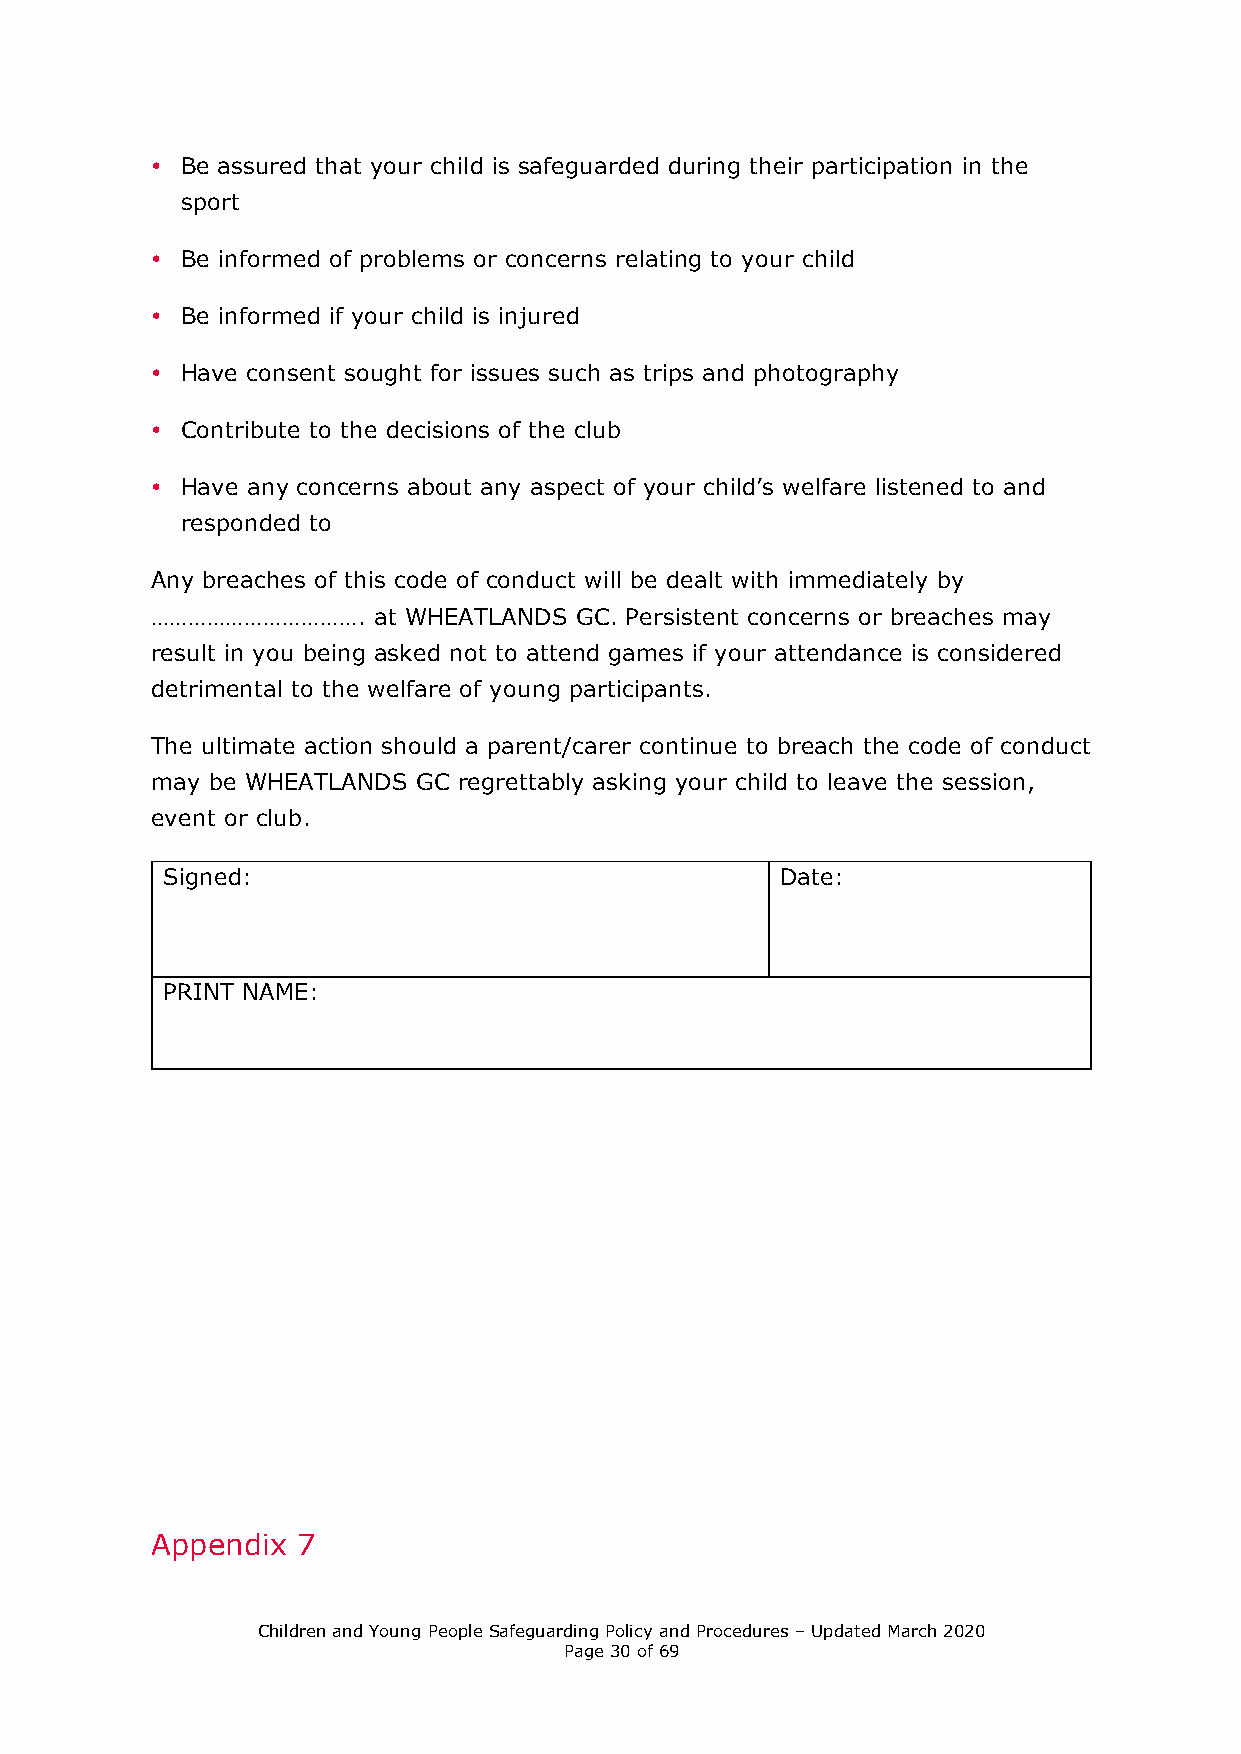
• Be assured that your child is safeguarded during their participation in the
 sport
 • Be informed of problems or concerns relating to your child
 • Be informed if your child is injured
 • Have consent sought for issues such as trips and photography
 • Contribute to the decisions of the club
 • Have any concerns about any aspect of your child’s welfare listened to and
 responded to
 Any breaches of this code of conduct will be dealt with immediately by
 …………………………….   at WHEATLANDS GC. Persistent concerns or breaches may
 result in you being asked not to attend games if your attendance is considered
 detrimental to the welfare of young participants.
 The ultimate action should a parent/carer continue to breach the code of conduct
 may be WHEATLANDS GC regrettably asking your child to leave the session,
 event or club.
 Signed:                                  Date:
 PRINT NAME:
 Appendix  7
 Children and Young People Safeguarding Policy and Procedures – Updated March 2020
 Page 30 of 69